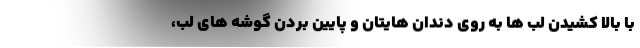
با بالا کشیدن لب ها به روی دندان هایتان و پایین بردن گوشه های لب،